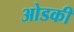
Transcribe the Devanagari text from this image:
ओडकी